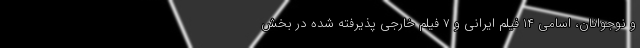
و نوجوانان، اسامی ۱۴ فیلم ایرانی و ۷ فیلم خارجی پذیرفته شده در بخش